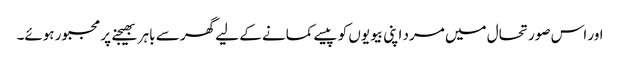
اور اس صورتحال میں مرد اپنی بیویوں کو پیسے کمانے کے لیے گھر سے باہر بھیجنے پر مجبور ہوئے۔